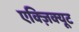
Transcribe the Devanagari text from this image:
एक्ज़िक्यूट